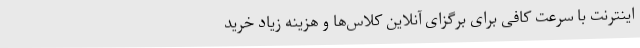
اینترنت با سرعت کافی برای برگزای آنلاین کلاس‌ها و هزینه زیاد خرید